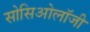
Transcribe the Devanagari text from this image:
सोसिओलॉजी